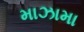
માઝામા